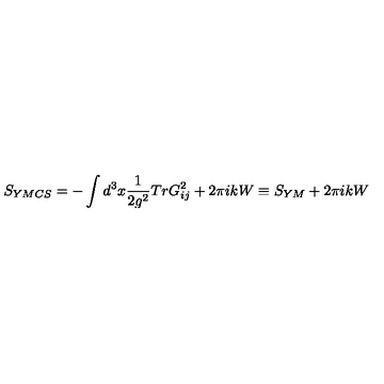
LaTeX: S _ { Y M C S } = - \int d ^ { 3 } x \frac { 1 } { 2 g ^ { 2 } } T r G _ { i j } ^ { 2 } + 2 \pi i k W \equiv S _ { Y M } + 2 \pi i k W